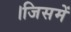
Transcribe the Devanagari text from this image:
।जिसमें